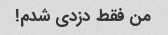
من فقط دزدی شدم!